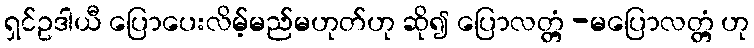
ရှင်ဥဒါယီ ပြောပေးလိမ့်မည်မဟုတ်ဟု ဆို၍ ပြောလတ္တံ့ -မပြောလတ္တံ့ ဟု